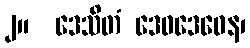
၂။  ဒေသိတံ ဒေဝဒေဝေန၊